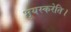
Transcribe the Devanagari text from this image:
भूयस्करेति।